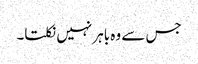
جس سے وہ باہر نہیں نکلتا۔